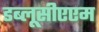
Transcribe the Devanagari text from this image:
डब्लूसीएएम